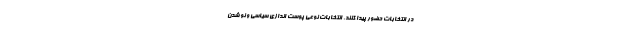
در انتخابات حضور پیدا کنند. انتخابات نوعی پوست اندازی سیاسی و نو شدن